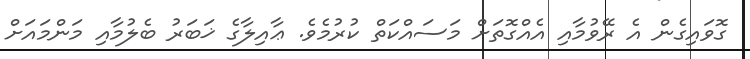
ގޮވައިގެން އެ ރޭވުމާއި އެއްގޮތަށް މަސައްކަތް ކުރުމެވެ. ޢާއިލާގެ ޚަބަރު ބެލުމާއި މަންމައަށް